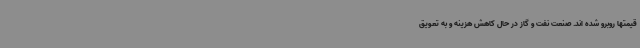
قیمتها روبرو شده اند. صنعت نفت و گاز در حال کاهش هزینه و به تعویق